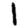
Digit: 1